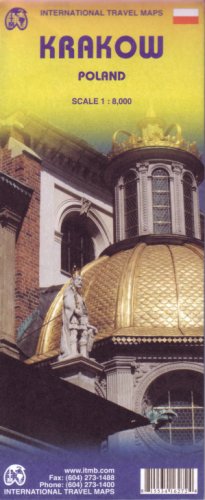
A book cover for Krakow (Poland) 1:8,000 Street Map (International Travel Maps); ITM Canada; Travel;